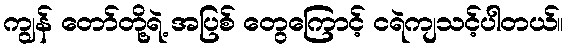
ကျွန် တော်တို့ရဲ့ အပြစ် တွေကြောင့် ငရဲကျသင့်ပါတယ်။